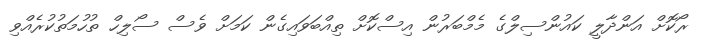
ރޯކޮށް އަންދާލީ ކައުންސިލްގެ މެމްބަރުން އިސްކޮށް ތިއްބަވައިގެން ކަމަށް ވެސް ސޯލިހް ތުހުމަތުކުރެއްވި